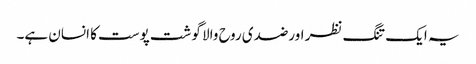
یہ ایک تنگ نظر اورضدی روح والا گوشت پوست کا انسان ہے۔